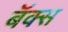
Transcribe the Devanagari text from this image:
बॅक्स